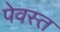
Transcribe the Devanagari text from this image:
पेवस्त